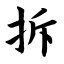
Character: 拆